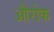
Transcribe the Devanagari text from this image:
औरोक